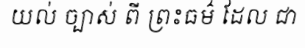
យល់ ច្បាស់ ពី ព្រះធម៌ ដែល ជា